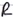
Text: R